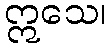
ဣသေ၊